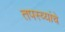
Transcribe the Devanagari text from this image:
तपस्व्यांचे